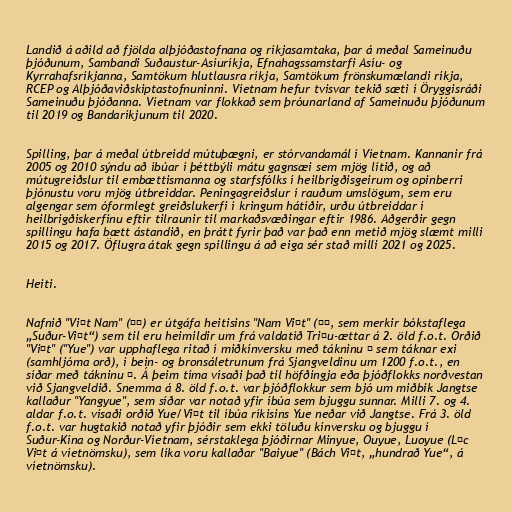
Landið á aðild að fjölda alþjóðastofnana og ríkjasamtaka, þar á meðal Sameinuðu
þjóðunum, Sambandi Suðaustur-Asíuríkja, Efnahagssamstarfi Asíu- og
Kyrrahafsríkjanna, Samtökum hlutlausra ríkja, Samtökum frönskumælandi ríkja,
RCEP og Alþjóðaviðskiptastofnuninni. Víetnam hefur tvisvar tekið sæti í Öryggisráði
Sameinuðu þjóðanna. Víetnam var flokkað sem þróunarland af Sameinuðu þjóðunum
til 2019 og Bandaríkjunum til 2020.

Spilling, þar á meðal útbreidd mútuþægni, er stórvandamál í Víetnam. Kannanir frá
2005 og 2010 sýndu að íbúar í þéttbýli mátu gagnsæi sem mjög lítið, og að
mútugreiðslur til embættismanna og starfsfólks í heilbrigðisgeirum og opinberri
þjónustu voru mjög útbreiddar. Peningagreiðslur í rauðum umslögum, sem eru
algengar sem óformlegt greiðslukerfi í kringum hátíðir, urðu útbreiddar í
heilbrigðiskerfinu eftir tilraunir til markaðsvæðingar eftir 1986. Aðgerðir gegn
spillingu hafa bætt ástandið, en þrátt fyrir það var það enn metið mjög slæmt milli
2015 og 2017. Öflugra átak gegn spillingu á að eiga sér stað milli 2021 og 2025.

Heiti.

Nafnið "Việt Nam" (越南) er útgáfa heitisins "Nam Việt" (南越, sem merkir bókstaflega
„Suður-Việt“) sem til eru heimildir um frá valdatíð Triệu-ættar á 2. öld f.o.t. Orðið
"Việt" ("Yue") var upphaflega ritað í miðkínversku með tákninu 戉 sem táknar exi
(samhljóma orð), í bein- og bronsáletrunum frá Sjangveldinu um 1200 f.o.t., en
síðar með tákninu 越. Á þeim tíma vísaði það til höfðingja eða þjóðflokks norðvestan
við Sjangveldið. Snemma á 8. öld f.o.t. var þjóðflokkur sem bjó um miðbik Jangtse
kallaður "Yangyue", sem síðar var notað yfir íbúa sem bjuggu sunnar. Milli 7. og 4.
aldar f.o.t. vísaði orðið Yue/Việt til íbúa ríkisins Yue neðar við Jangtse. Frá 3. öld
f.o.t. var hugtakið notað yfir þjóðir sem ekki töluðu kínversku og bjuggu í
Suður-Kína og Norður-Víetnam, sérstaklega þjóðirnar Minyue, Ouyue, Luoyue (Lạc
Việt á víetnömsku), sem líka voru kallaðar "Baiyue" (Bách Việt, „hundrað Yue“, á
víetnömsku).